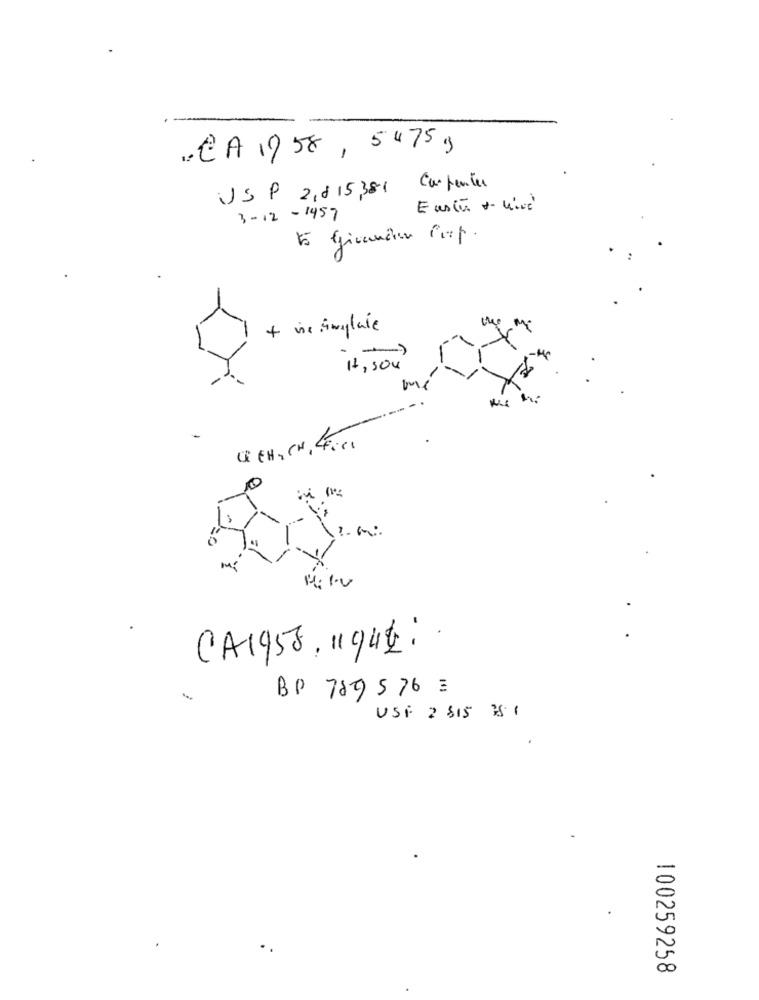
.. CA 1758, 5475 9
USP 2,8 15,381 Carpenter
Enstü + Wirè
3-12-1457
+ in Anylate
1,504
me
CH, CH, 4001
CA1953,1944:
BP 789576 =
USF 2 515 351
100259258